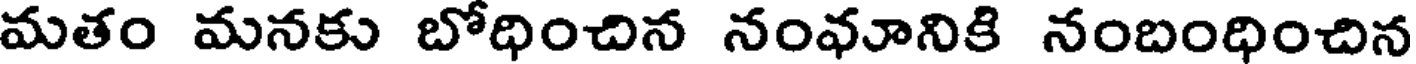
మతం మనకు బోధించిన నంవూనికి నంబంధించిన